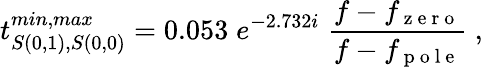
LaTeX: t_{S(0,1),S(0,0)}^{min,max}=0.053\; e^{-2.732i}\; \frac{f-f_{\mathrm{~z~e~r~o~}}}{f-f_{\mathrm{~p~o~l~e~}}}\; ,